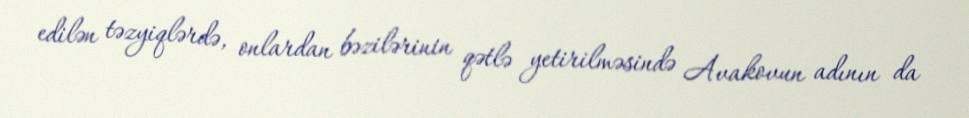
edilən təzyiqlərdə, onlardan bəzilərinin qətlə yetirilməsində Avakovun adının da